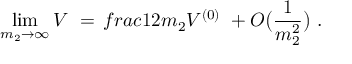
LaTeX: \operatorname * { l i m } _ { m _ { 2 } \rightarrow \infty } V \ = \, f r a c { 1 } { 2 m _ { 2 } } V ^ { ( 0 ) } \ + O \bigl ( \frac { 1 } { m _ { 2 } ^ { 2 } } \bigr ) \ .